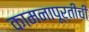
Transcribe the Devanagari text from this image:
कामनापूर्तीची